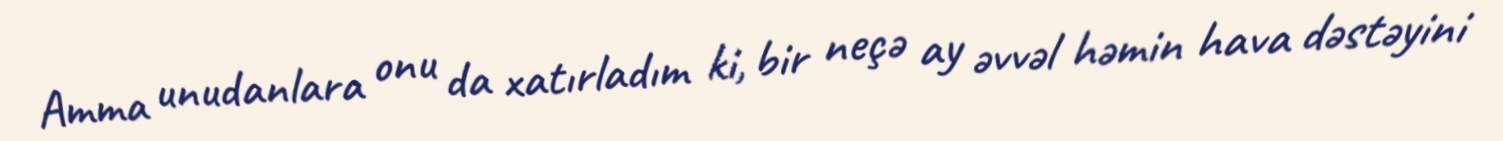
Amma unudanlara onu da xatırladım ki, bir neçə ay əvvəl həmin hava dəstəyini